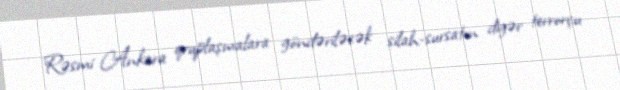
Rəsmi Ankara qruplaşmalara göndəriləcək silah-sursatın digər terrorçu